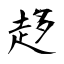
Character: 趍